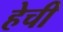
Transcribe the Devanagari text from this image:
हेची